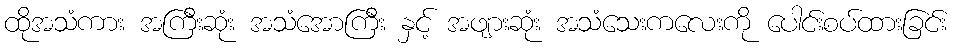
ထိုအသံကား အကြီးဆုံး အသံအောကြီး နှင့် အဖျားဆုံး အသံသေးကလေးကို ပေါင်းစပ်ထားခြင်း